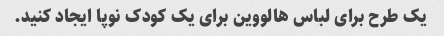
یک طرح برای لباس هالووین برای یک کودک نوپا ایجاد کنید.